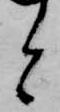
と